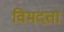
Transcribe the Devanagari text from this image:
विमदता